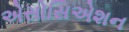
એસોસિએશન